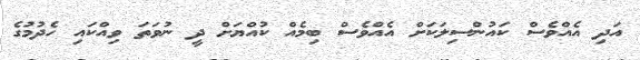
އަދި އެއްވެސް ކައުންސިލަކަށް އެއްވެސް ބިމެއް ކުއްޔަށް ދީ ނުވަތަ ވިއްކައި ހެދުމުގެ